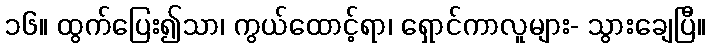
၁၆။ ထွက်ပြေး၍သာ၊ ကွယ်ထောင့်ရာ၊ ရှောင်ကာလူများ- သွားချေပြီ။